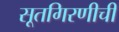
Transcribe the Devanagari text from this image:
सूतगिरणीची